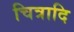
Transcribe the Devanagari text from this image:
चित्रादि